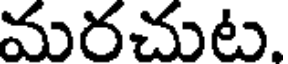
మరచుట.